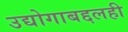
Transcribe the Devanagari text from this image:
उद्योगाबद्दलही